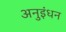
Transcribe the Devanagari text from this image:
अनुइंधन